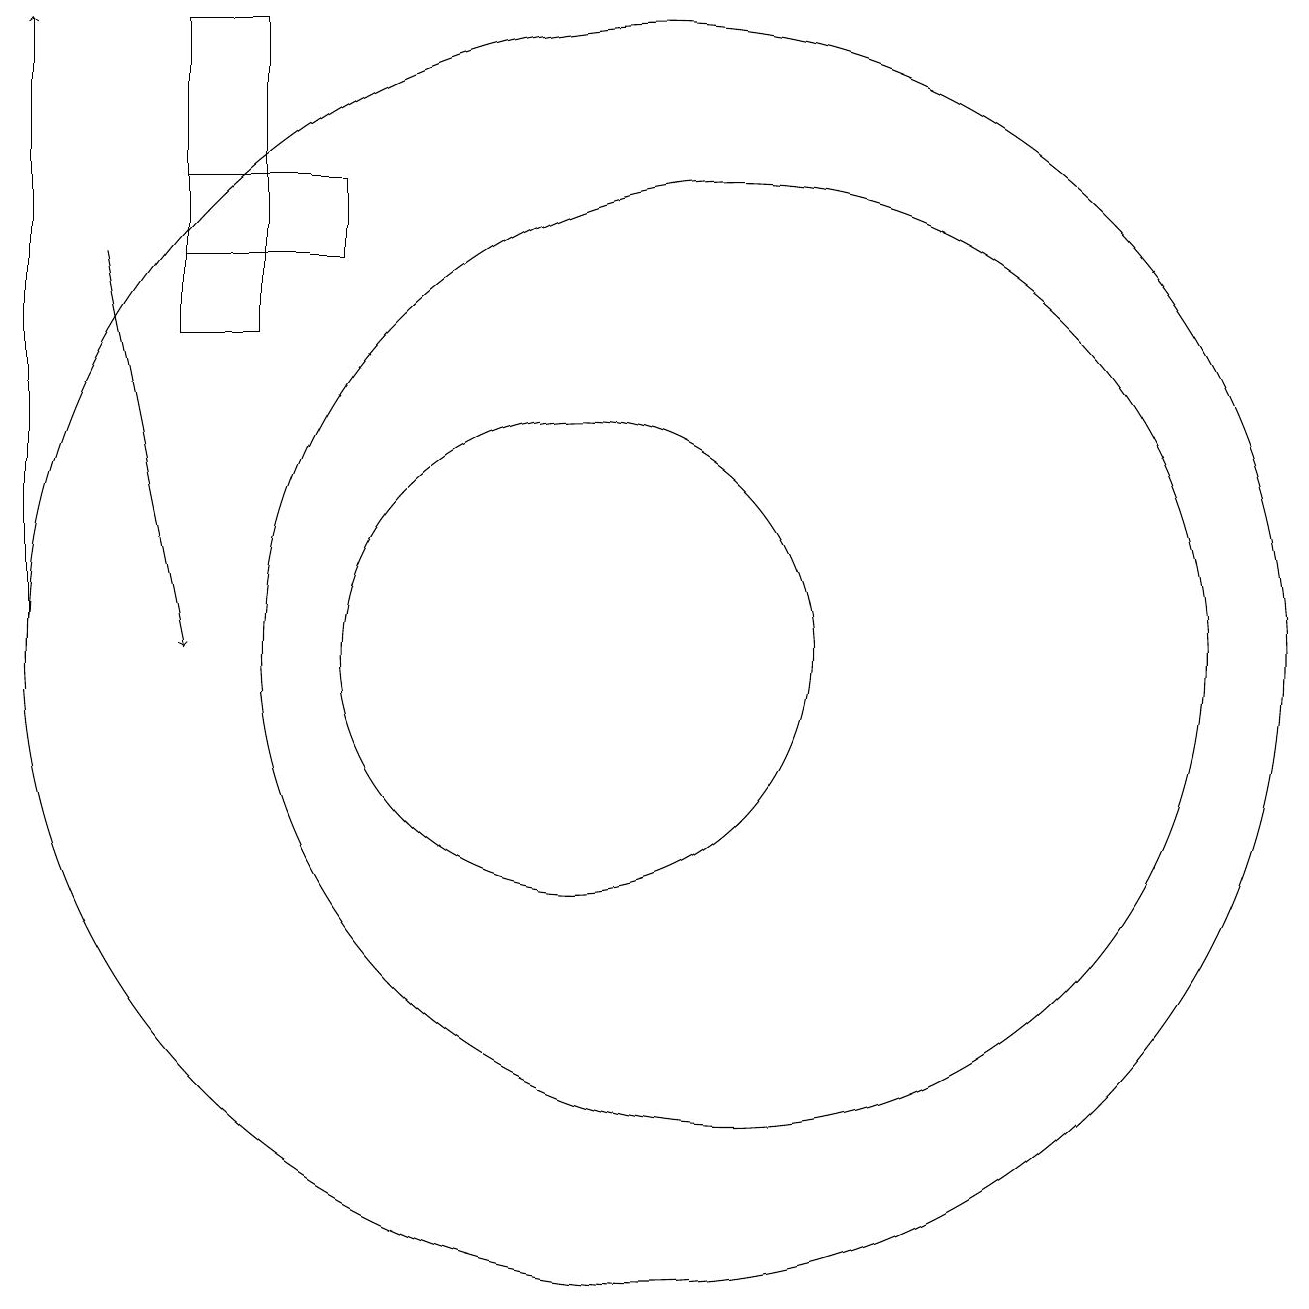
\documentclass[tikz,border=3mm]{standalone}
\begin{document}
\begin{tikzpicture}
\draw (11,12) circle (0);
\draw[->] (3,10) -- (3,18);
\draw (11,10) circle (8);
\draw (10,10) circle (3);
\draw[->] (4,15) -- (5,10);
\draw (5,18) rectangle (6,14);
\draw (5,15) rectangle (7,16);
\draw (12,10) circle (6);
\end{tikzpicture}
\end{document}